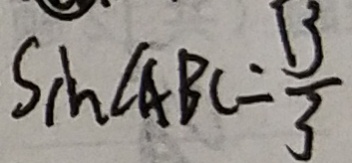
\sin \angle A B C = \frac { 1 3 } { 3 }